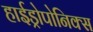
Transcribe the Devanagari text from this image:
हाईड्रोपोनिक्स